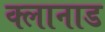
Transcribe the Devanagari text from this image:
क्लानाड